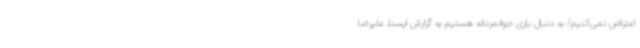
اعتراض نمی‌کنیم/ به دنبال بازی جوانمردانه هستیم به گزارش ایسنا، علیرضا